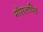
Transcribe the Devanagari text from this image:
माँसलपिंड